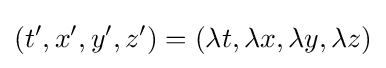
(t',x',y',z')=(\lambda t,\lambda x,\lambda y,\lambda z)